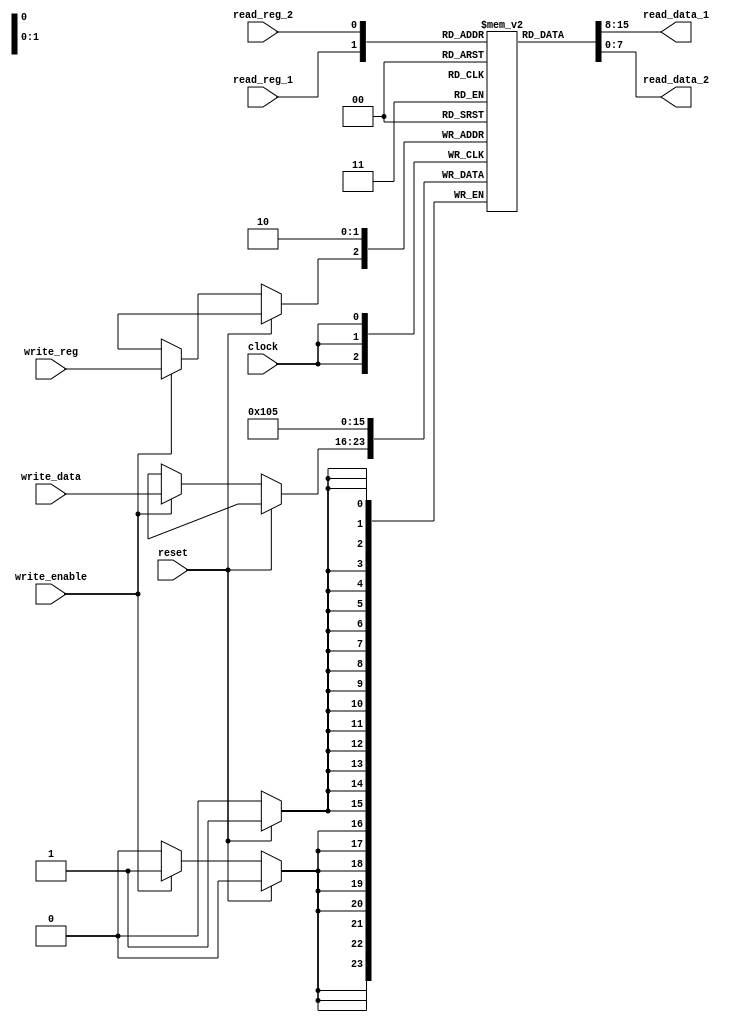
`timescale 1ns / 1ps
//////////////////////////////////////////////////////////////////////////////////
// Company: 
// Engineer: 
// 
// Design Name: 
// Module Name: registers
// Project Name: 
// Target Devices: 
// Tool Versions: 
// Description: 
// 
// Dependencies: 
// 
// Revision:
// Revision 0.01 - File Created
// Additional Comments:
// 
//////////////////////////////////////////////////////////////////////////////////

module registers(
    input clock,
    input reset,
    input read_reg_1,
    input read_reg_2,
    input write_enable,
    input write_reg,
    input [7:0] write_data,
    output [7:0] read_data_1,
    output [7:0] read_data_2
    );
    reg [7:0] register[1:0];
    
    assign read_data_1 = register[read_reg_1];
    assign read_data_2 = register[read_reg_2];
    
    always @(posedge clock)
    begin  
    if (reset==1)
    begin
    register[0]=8'b00000101;
    register[1]=8'b00000001;
    end
    else if (write_enable)
    register[write_reg] <= write_data;  
    end   
endmodule